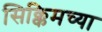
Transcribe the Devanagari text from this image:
सिक्किमच्या